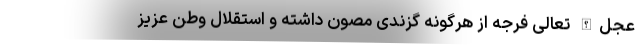
عجل‌الله تعالی فرجه از هرگونه گزندی مصون داشته و استقلال وطن عزیز